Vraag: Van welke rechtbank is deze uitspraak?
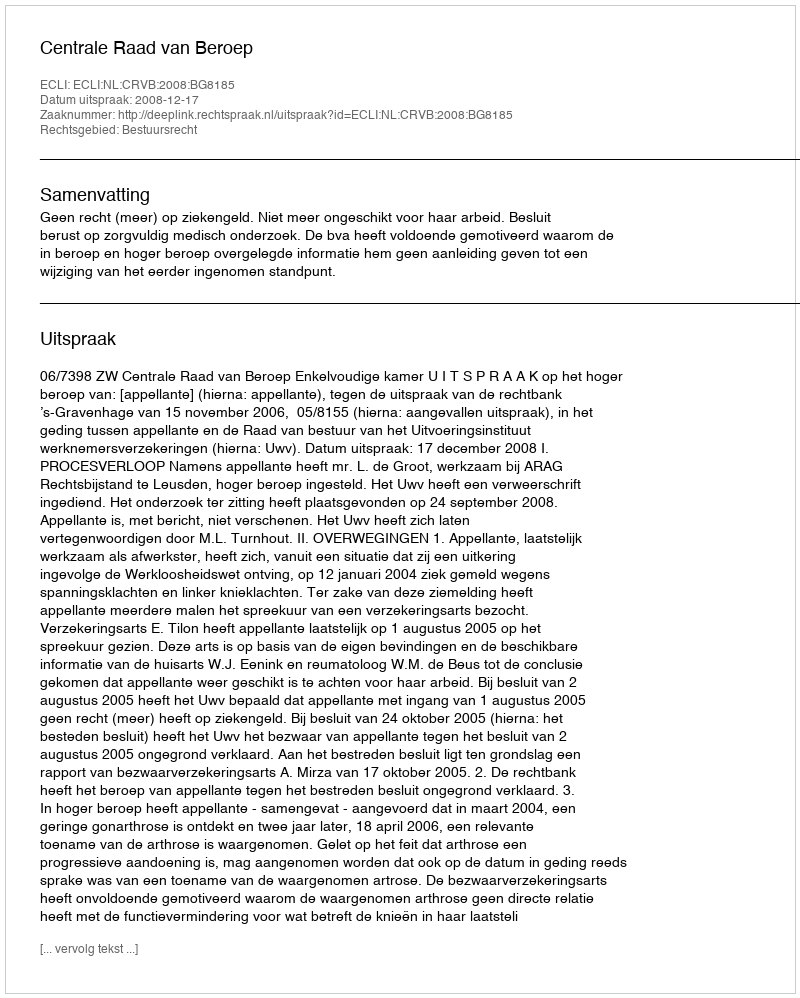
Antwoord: Centrale Raad van Beroep